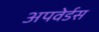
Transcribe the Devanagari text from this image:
अपवेर्डस